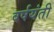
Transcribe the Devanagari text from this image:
वर्षयंती